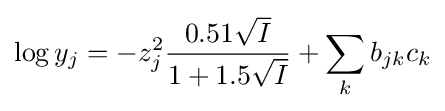
\log y_{j}=-z_{j}^{2}{\frac {0.51{\sqrt {I}}}{1+1.5{\sqrt {I}}}}+\sum _{k}b_{jk}c_{k}